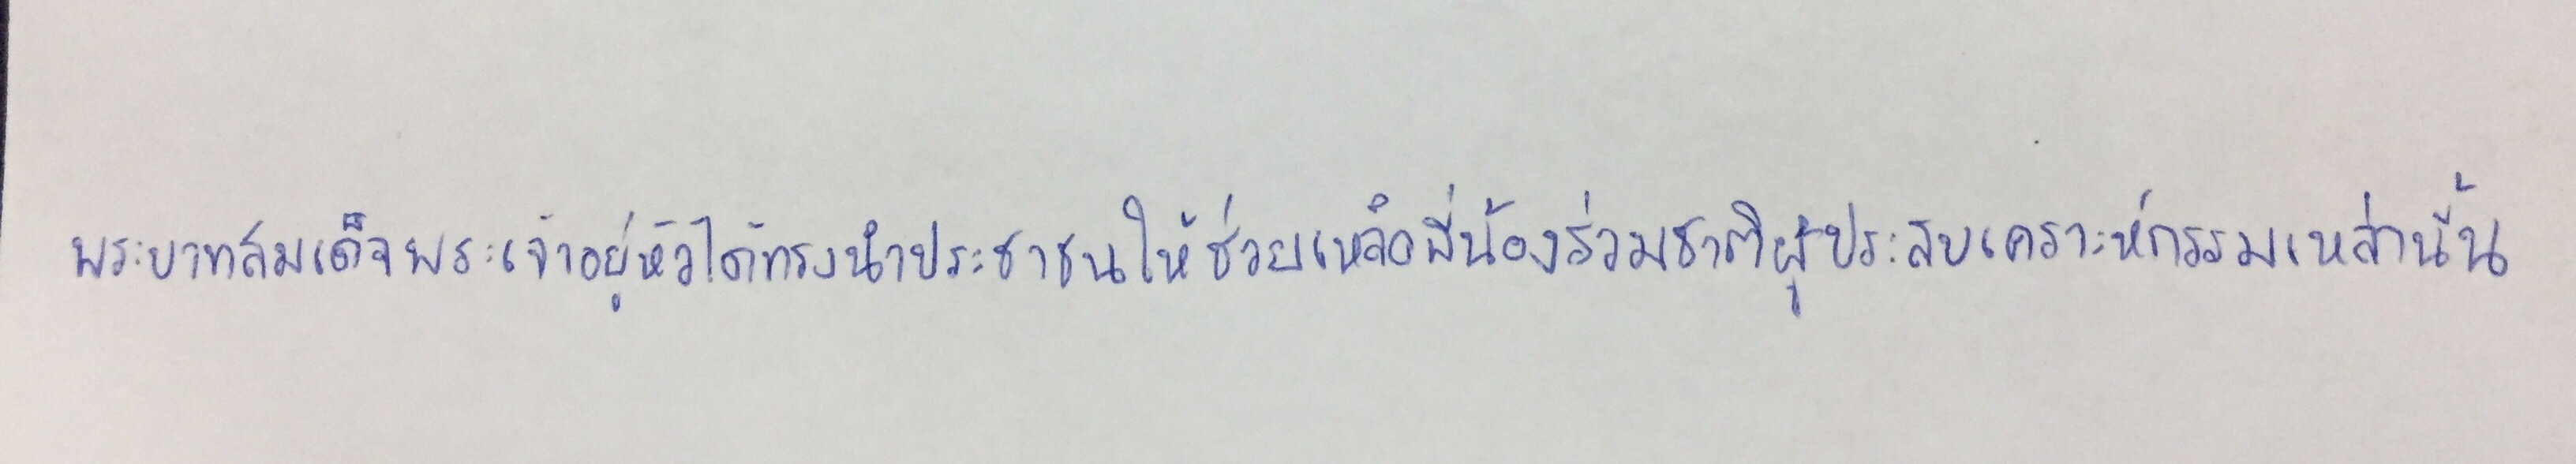
พระบาทสมเด็จพระเจ้าอยู่หัวได้ทรงนำประชาชนให้ช่วยเหลือพี่น้องร่วมชาติผู้ประสบเคราะห์กรรมเหล่านั้น